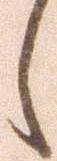
し